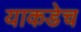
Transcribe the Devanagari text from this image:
याकडेच